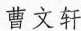
曹文轩